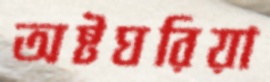
অষ্টঘরিয়া